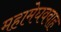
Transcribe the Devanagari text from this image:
महामेघववाह